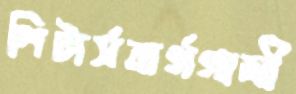
পিটার্সবার্গগামী